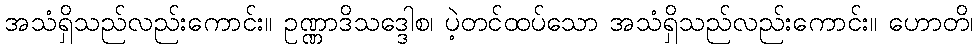
အသံရှိသည်လည်းကောင်း။ ဥဏ္ဏာဒိသဒ္ဒေါစ၊ ပဲ့တင်ထပ်သော အသံရှိသည်လည်းကောင်း။ ဟောတိ၊